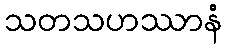
သတသဟဿာနံ